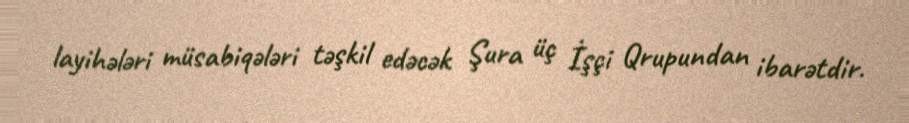
layihələri müsabiqələri təşkil edəcək Şura üç İşçi Qrupundan ibarətdir.